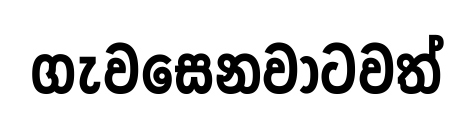
ගැවසෙනවාටවත්